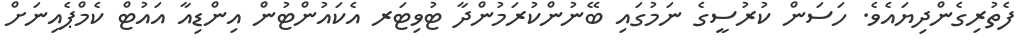
ފެތުރިގެންދިޔައެވެ. ހަސަން ކުރުސީގެ ނަމުގައި ބޭނުންކުރަމުންދާ ޓުވިޓަރ އެކައުންޓުން އިންޑިއާ އައުޓް ކެމްޕެއިނަށް